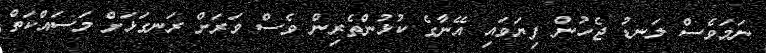
ނަމަވެސް ލަނޑު ޖެހުން ފިޔަވައި އޭނާގެ ކުޅުންތެރިން ވެސް ވަރަށް ރަނގަޅަށް މަސައްކަތް